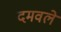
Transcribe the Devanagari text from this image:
दमवले